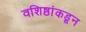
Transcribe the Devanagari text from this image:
वशिष्ठांकडून